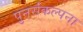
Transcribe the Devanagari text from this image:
पुनर्संकल्पना